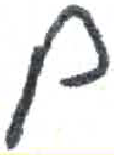
אות: ם